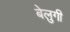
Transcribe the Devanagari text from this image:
बेलुगी